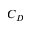
C _ { D }